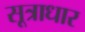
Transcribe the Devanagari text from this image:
सूत्राधार